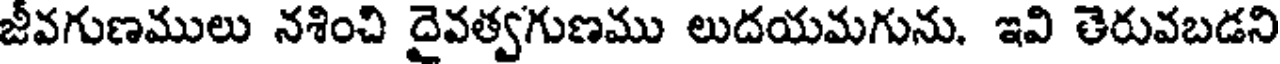
జీవగుణములు నశించి దైవత్వగుణము లుదయమగును. ఇవి తెరువబడని